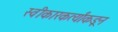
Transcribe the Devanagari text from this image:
स्वीकारकर्त्यांकडून